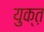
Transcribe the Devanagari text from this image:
युक्त़